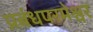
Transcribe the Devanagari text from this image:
प्रबंधपरमेश्वर